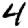
Digit: 4